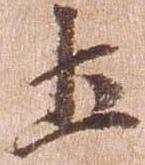
土